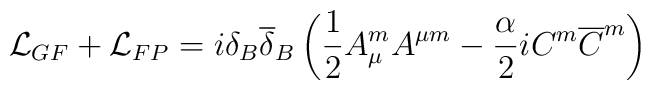
{\mathcal L}_{GF} + {\mathcal L}_{FP} = i \delta _B {\overline{ \delta}}_B \left(\frac{1}{2} A_{\mu} ^m A^{\mu m} - \frac{\alpha}{2} i C^m {\overline{ C}}^m \right)